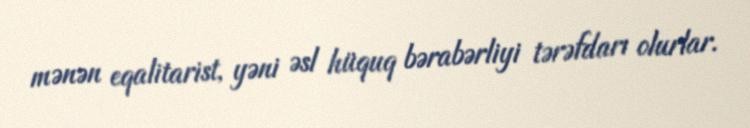
mənən eqalitarist, yəni əsl hüquq bərabərliyi tərəfdarı olurlar.